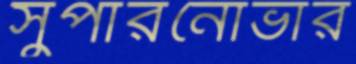
সুপারনোভার